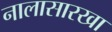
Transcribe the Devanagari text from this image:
नालासारखा